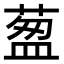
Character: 𦷐